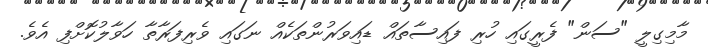
މާމިގިލީ "ސަން" ފެރީގައި ހުރި ފައިސާތައް ޑައިވަރުންތަކެއް ނަގައި ވެރިފަރާތާ ހަވާލުކޮށްފި އެވެ.